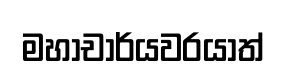
මහාචාර්යවරයාත්